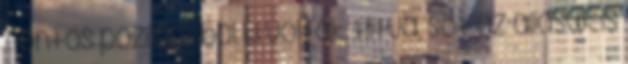
fontos pozíciókból ki voltak tiltva, sőt az állásuk is